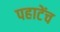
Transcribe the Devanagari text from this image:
पहाटेंच